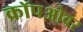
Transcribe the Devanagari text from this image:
क्रॉपओवर